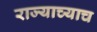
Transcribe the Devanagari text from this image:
राज्याच्याच